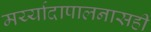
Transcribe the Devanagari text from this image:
मर्य्यादापालनासही